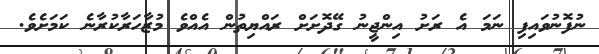
ނުފޮނުވައިފި ނަމަ އެ ރަށު އިންޖީނު ގޭދޮށަށް ރައްޔިތުން އެއްވެ މުޒާހަރާކުރާނެ ކަމަށެވެ.